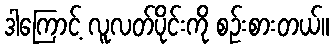
ဒါကြောင့် လူလတ်ပိုင်းကို စဉ်းစားတယ်။